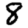
Digit: 8